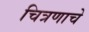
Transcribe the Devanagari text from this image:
चित्रणाचे